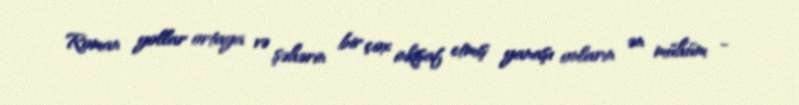
Roman yollar ortaya və şəhərin bir çox inkişaf etmiş yanaşı onların ən mühüm -